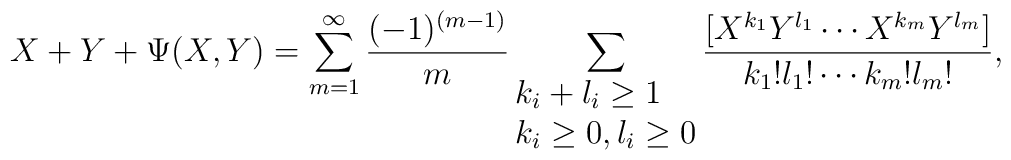
X+Y+\Psi(X,Y) = \sum_{m=1}^\infty {(-1)^{(m-1)}\over m}\sum_{\vbox{\hbox{$k_i+l_i\geq 1$}\hbox{$k_i\geq 0, l_i\geq 0$}}}{[X^{k_1} Y^{l_1} \cdots X^{k_m} Y^{l_m}]\over k_1! l_1! \cdots k_m! l_m!} ,